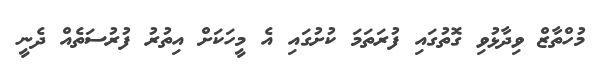
މުހްތާޒް ވިދާޅުވި ގޮތުގައި ފުރަތަމަ ކުށުގައި އެ މީހަކަށް އިތުރު ފުރުސަތެއް ދެނީ